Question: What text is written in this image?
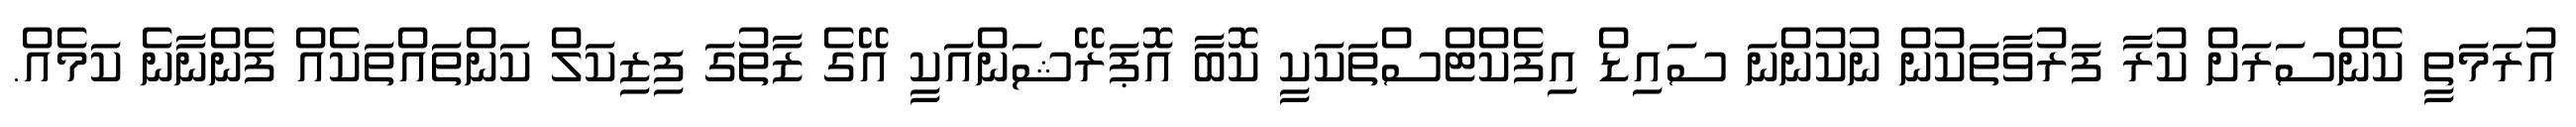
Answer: އުރަމަތީ ކެންސަރަށް ކުރާ ފަރުވާތަކުން ނުކުންނަ ސައިޑް އިފެކްޓްސްތަކަކީ ކޮބާ އޮޕަރޭޝަންއަކީ އޭގެ ޒާތުގަ ފިޒިކަލް ކަންތައްތަކެއް ފެންނާނެ ކަމެއް.